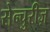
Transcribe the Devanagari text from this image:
सेन्चुरीज़